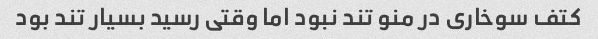
کتف سوخاری در منو تند نبود اما وقتی رسید بسیار تند بود